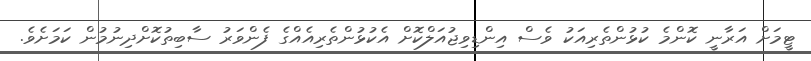
ޓީމަށް އަރާނީ ކޮންމެ ކުޅުންތެރިއަކު ވެސް އިންޑިވިޖުއަލްކޮށް އެކުޅުންތެރިއެއްގެ ފެންވަރު ސާބިތުކޮށްދިނުމުން ކަމަށެވެ.